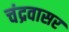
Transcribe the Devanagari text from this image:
चंद्रवासर